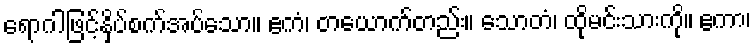
ရောဂါဖြင့်နှိပ်စက်အပ်သော။ ဧကံ၊ တယောက်တည်း။ သောတံ၊ ထိုမင်းသားကို။ ဧကာ၊